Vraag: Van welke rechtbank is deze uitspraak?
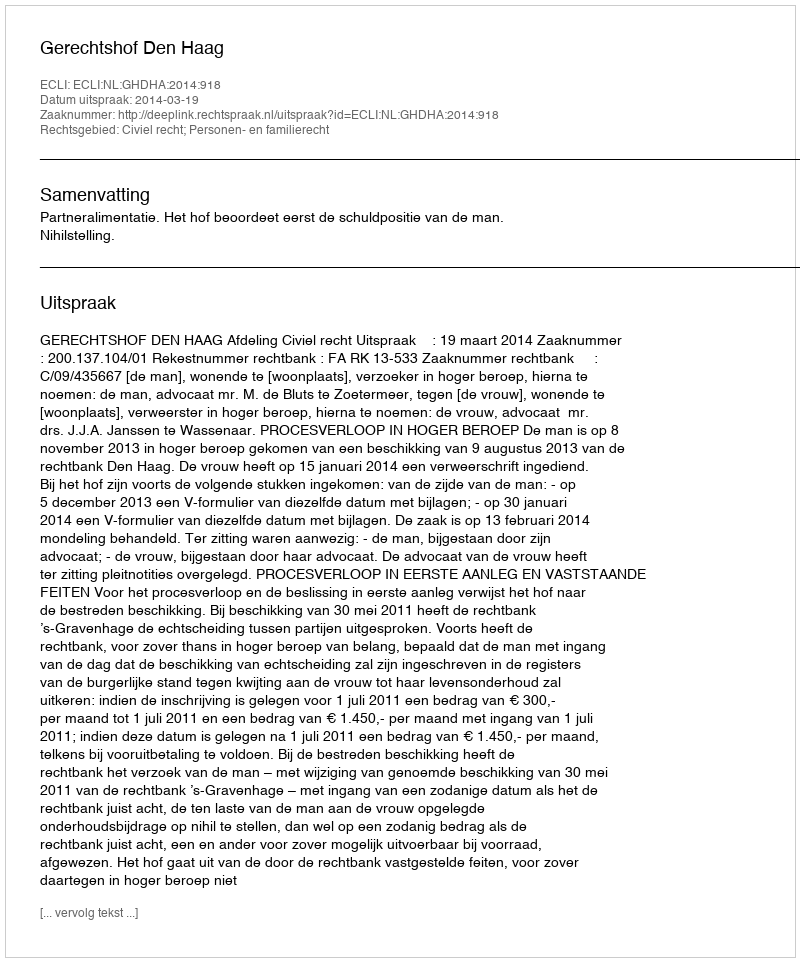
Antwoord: Gerechtshof Den Haag